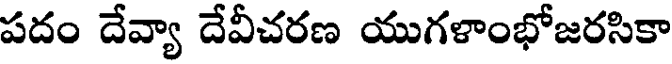
పదం దేవ్యా దేవీచరణ యుగళాంభోజరసికా